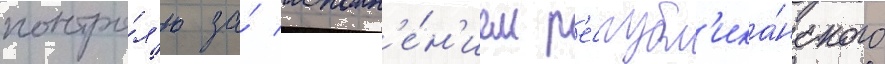
контро́л'ю за́ исполн'е́н'ием р'еспубл'ика́нского